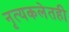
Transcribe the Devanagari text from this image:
नृत्यकलेतही